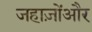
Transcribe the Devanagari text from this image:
जहाज़ोंऔर